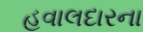
હવાલદારના